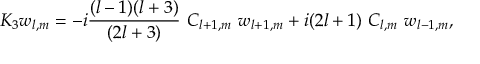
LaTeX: K _ { 3 } w _ { l , m } = - i { \frac { ( l - 1 ) ( l + 3 ) } { ( 2 l + 3 ) } } \ C _ { l + 1 , m } \ w _ { l + 1 , m } + i ( 2 l + 1 ) \ C _ { l , m } \ w _ { l - 1 , m } ,